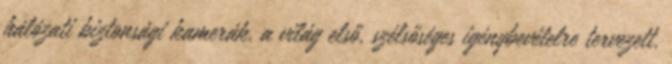
hálózati biztonsági kamerák, a világ első, szélsőséges igénybevételre tervezett,